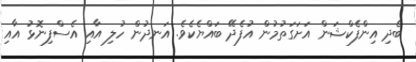
ބެދި އިންފެކްޝަން އަށަގަތުމުން އުފެދޭ ބައްޔެކެވެ. އަނދުން ހުލި އާއި އެސްފިނޮޅު އާއި